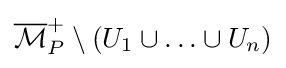
{\overline {\mathcal {M}}}_{P}^{+}\setminus (U_{1}\cup \ldots \cup U_{n})